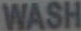
WASH